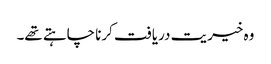
وہ خیریت دریافت کرنا چاہتے تھے۔